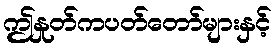
ဤနှုတ်ကပတ်တော်များနှင့်